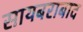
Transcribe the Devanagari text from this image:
सायबराबाद